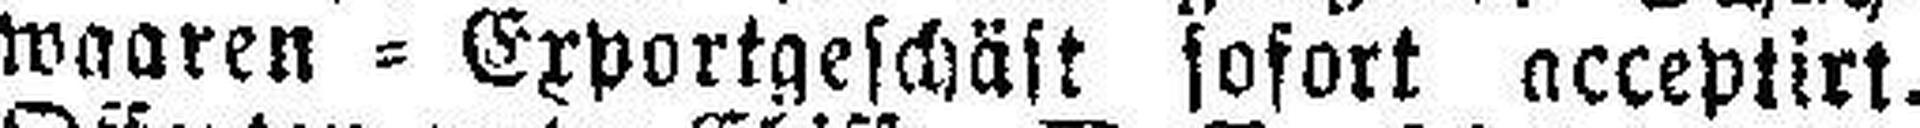
waaren=Exportgeschäft sofort acceptirt.